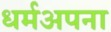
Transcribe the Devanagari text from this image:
धर्मअपना